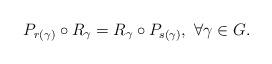
LaTeX: \begin{align*} P_{r(\gamma)}\circ R_\gamma=R_\gamma \circ P_{s(\gamma)},\ \forall \gamma\in G.\end{align*}